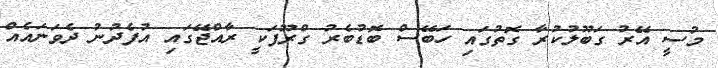
މުސީ އޭރު ގަބޫލުކުރާ ގޮތުގައި ހަބޭސް ބޮޑުބެރު ގްރޫޕަކީ ރާއްޖޭގައި އުފެދުނު ދެވަނައެއް